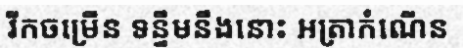
រីកចម្រើន ទន្ទឹមនឹងនោះ អត្រាកំណើន